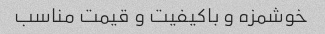
خوشمزه و باکیفیت و قیمت مناسب